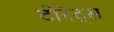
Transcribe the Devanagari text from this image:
टोरेट्स